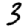
Digit: 3